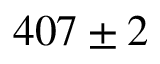
4 0 7 \pm 2